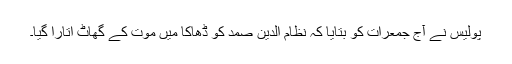
پولیس نے آج جمعرات کو بتایا کہ نظام الدین صمد کو ڈھاکا میں موت کے گھاٹ اتارا گیا۔